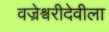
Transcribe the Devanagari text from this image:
वज्रेश्वरीदेवीला